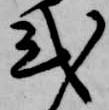
式